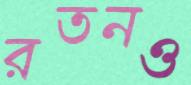
রতনও